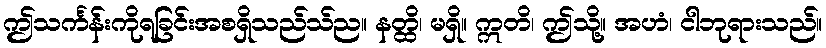
ဤသင်္ကန်းကိုရခြင်းအစရှိသည်သ်ည။ နတ္ထိ၊ မရှိ။ ဣတိ၊ ဤသို့။ အဟံ၊ ငါဘုရားသည်။